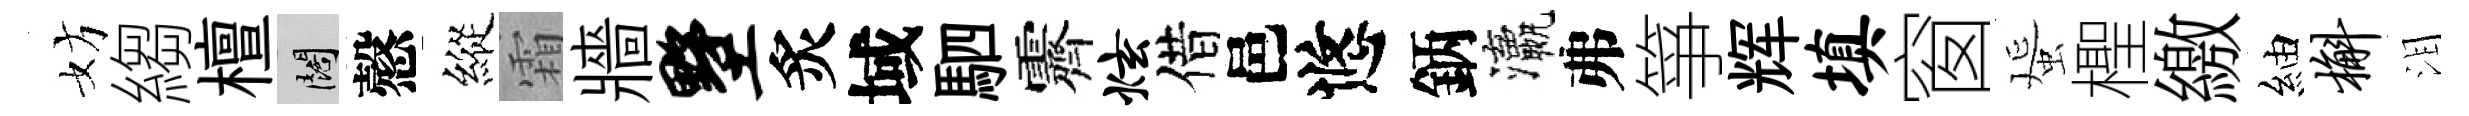
妨縐檀闊慤縱霜牆墅炙域駟霽炫借邑悠鈵瀛弗箏辉填窗蜑檉繳紬槲泪